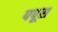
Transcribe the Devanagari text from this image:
पपूस